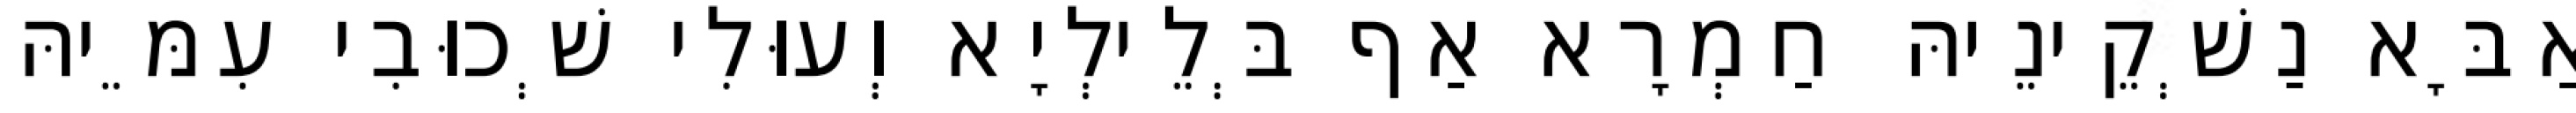
אַבָּא נַשְׁקֵינֵיהּ חַמְרָא אַף בְּלֵילְיָא וְעוּלִי שְׁכוּבִי עִמֵּיהּ